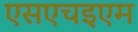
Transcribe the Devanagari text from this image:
एसएचइएम